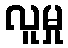
လူမှု